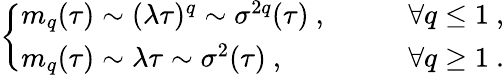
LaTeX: \left\{ \begin{array}{ll}{m_{q}(\tau)\sim(\lambda\tau)^{q}\sim\sigma^{2q}(\tau)\ ,\qquad}&{\forall q\leq 1\ ,}\\ {m_{q}(\tau)\sim\lambda\tau\sim\sigma^{2}(\tau)\ ,\qquad}&{\forall q\geq 1\ .}\end{array}\right.